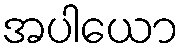
အပါယော